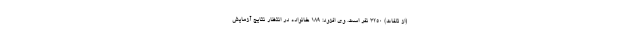
(از تلفات) ۳۲۵۰ نفر است. وی افزود: ۱۸۹ خانواده در انتظار نتایج آزمایش